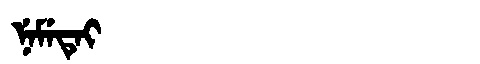
Manchu: ᠨᡝᠮᡝᡨᡝᡳ
Romanization: NEMETEI